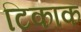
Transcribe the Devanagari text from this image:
टिकाक